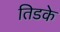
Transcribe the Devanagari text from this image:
तिडके